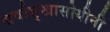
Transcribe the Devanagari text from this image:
सर्वासुखासोयीनी